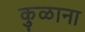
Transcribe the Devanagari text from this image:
कुळाना